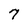
Character: 7